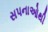
સપનાઓથી